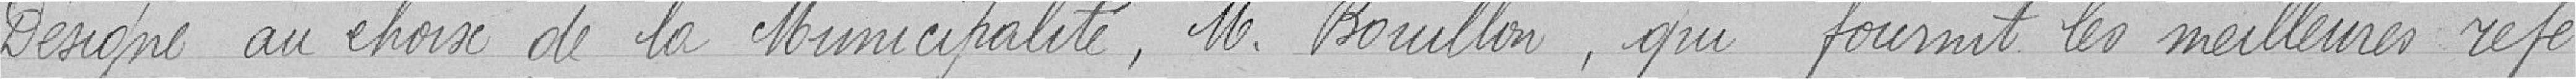
Désigne au choix de la Municipalité, Monsieur Bouillon, qui fournit les meilleures réfé-